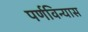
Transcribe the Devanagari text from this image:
पर्णविन्यास